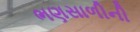
ભણસાળીની